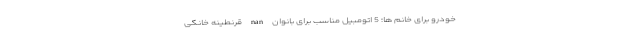
خودرو برای خانم ها؛ 5 اتومبیل مناسب برای بانوان nan قرنطینه خانگی